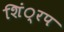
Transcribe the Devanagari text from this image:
शिं्रप